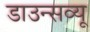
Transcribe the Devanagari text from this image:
डाउन्सव्यू